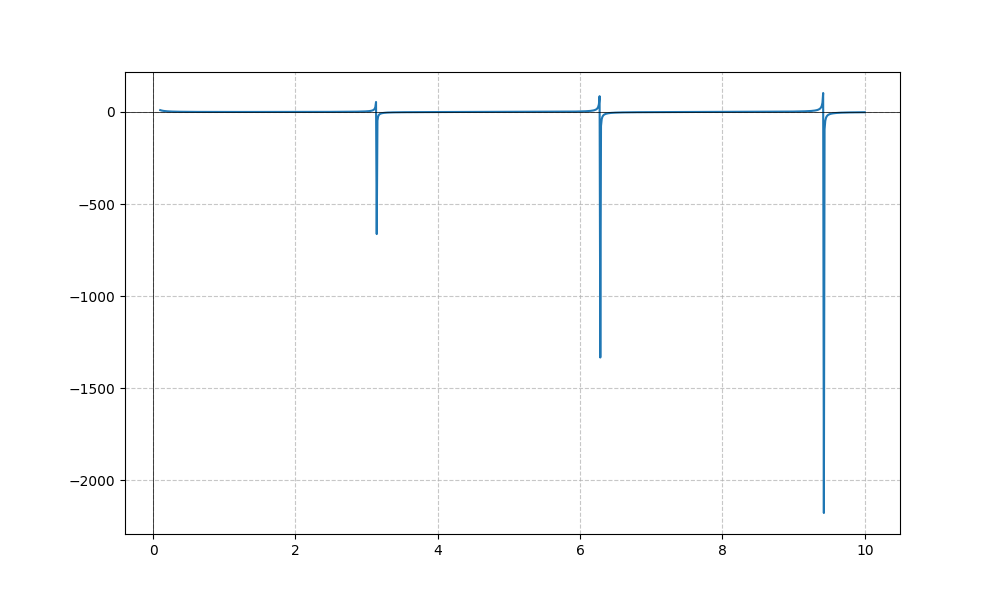
LaTeX formula: - \frac{\log{\left(x \right)} \cot{\left(x \right)}}{\log{\left(10 \right)}}